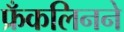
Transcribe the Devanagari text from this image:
फ्रँकलिनने